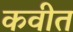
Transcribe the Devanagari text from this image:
कवीत